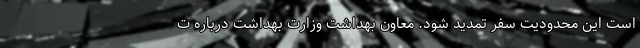
است این محدودیت سفر تمدید شود. معاون بهداشت وزارت بهداشت درباره ت